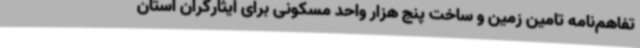
تفاهم‌نامه تامین زمین و ساخت پنج هزار واحد مسکونی برای ایثارگران استان